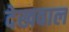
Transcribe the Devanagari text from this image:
देखवाल